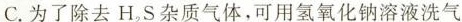
C. 为了除去H_{ 2 }S杂质气体，可用氢氧化钠溶液洗气